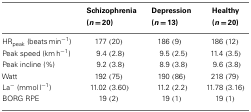
|  | Schizophrenia (n = 20) | Depression (n = 13) | Healthy (n = 20) |
 | --- | --- | --- | --- |
 | HRpeak (beats min−1) | 177 (20) | 186 (9) | 186 (12) |
 | Peak speed (km h−1) | 9.4 (2.8) | 9.5 (2.5) | 11.4 (3.5) |
 | Peak incline (%) | 9.2 (3.8) | 8.9 (3.8) | 9.6 (3.8) |
 | Watt | 192 (75) | 190 (86) | 218 (79) |
 | La− (mmol l−1) | 11.02 (3.60) | 11.2 (2.2) | 11.78 (3.16) |
 | BORG RPE | 19 (2) | 19 (1) | 19 (1) |